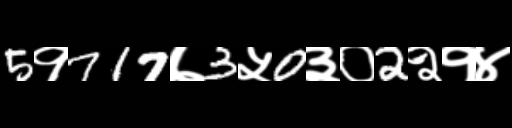
Text: 5१717७3५0३०2२१४